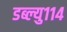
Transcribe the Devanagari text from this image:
डब्ल्यु११४